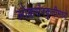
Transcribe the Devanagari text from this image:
लोकसंस्कृतीमध्ये